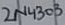
Text: 2N4303